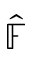
\widehat { \mathbb F }